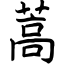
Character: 蒿